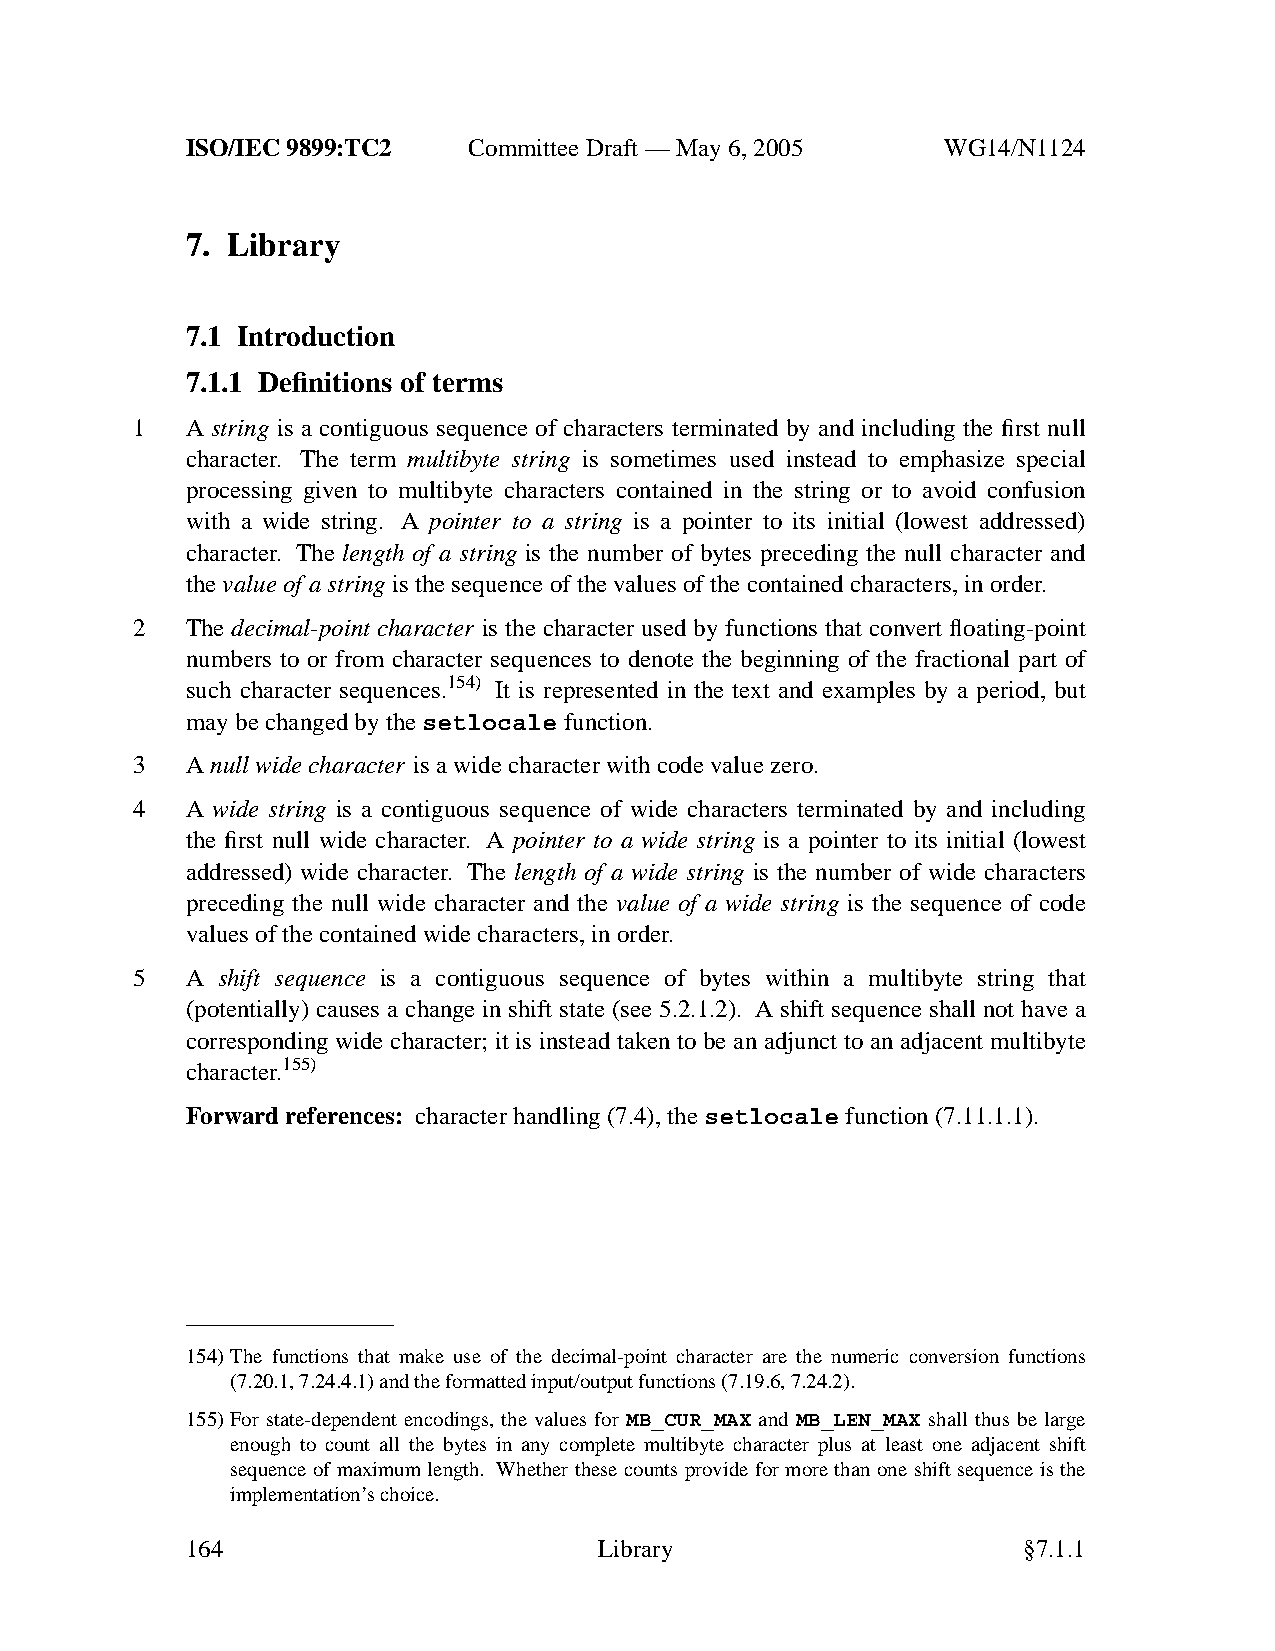
ISO/IEC 9899:TC2   Committee Draft — May 6, 2005   WG14/N1124
 7. Library
 7.1 Introduction
 7.1.1 Definitions of terms
 1  A string is a contiguous sequence of characters terminated by and including the first null
 character. The term multibyte string is sometimes used instead to emphasize special
 processing given to multibyte characters contained in the string or to avoid confusion
 with a wide string. A pointer to a string is a pointer to its initial (lowest addressed)
 character. The length of a string is the number of bytes preceding the null character and
 thevalue of a stringis the sequence of the values of the contained characters, in order.
 2  The decimal-point character is the character used by functions that convert floating-point
 numbers to or from character sequences to denote the beginning of the fractional part of
 such character sequences.154) It is represented in the text and examples by a period, but
 may be changed by thesetlocale function.
 3  Anull wide character is a wide character with code value zero.
 4  A wide string is a contiguous sequence of wide characters terminated by and including
 the first null wide character. A pointer to a wide string is a pointer to its initial (lowest
 addressed) wide character. The length of a wide string is the number of wide characters
 preceding the null wide character and the value of a wide string is the sequence of code
 values of the contained wide characters, in order.
 5  A shift sequence is a contiguous sequence of bytes within a multibyte string that
 (potentially) causes a change in shift state (see 5.2.1.2). A shift sequence shall not have a
 corresponding wide character; it is instead taken to be an adjunct to an adjacent multibyte
 character.155)
 Forward references: character handling (7.4), the setlocale function (7.11.1.1).
 154)The functions that make use of the decimal-point character are the numeric conversion functions
 (7.20.1, 7.24.4.1) and the formatted input/output functions (7.19.6, 7.24.2).
 155)For state-dependent encodings, the values for MB_CUR_MAX and MB_LEN_MAX shall thus be large
 enough to count all the bytes in any complete multibyte character plus at least one adjacent shift
 sequence of maximum length. Whether these counts provide for more than one shift sequence is the
 implementation’schoice.
 164                         Library                     §7.1.1